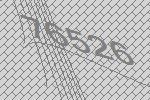
76526